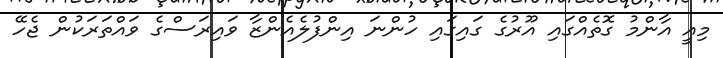
މިއީ އާންމު ގޮތެއްގައި އޫރުގެ ގައިގައި ހުންނަ އިންފުލެއެންޒާ ވައިރަސްގެ ވައްތަރަކުން ޖެހޭ